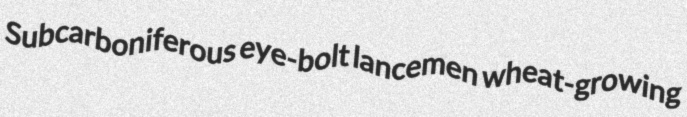
Subcarboniferous eye-bolt lancemen wheat-growing